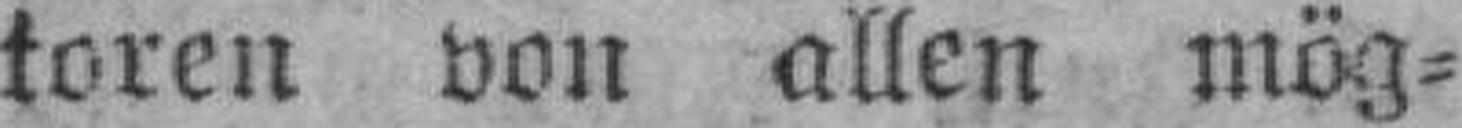
toren von allen mög¬